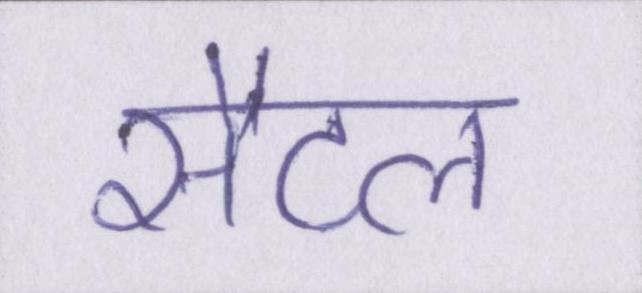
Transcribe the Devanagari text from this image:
सैटल